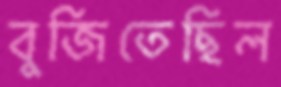
বুজিতেছিল